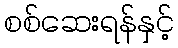
စစ်ဆေးရန်နှင့်